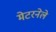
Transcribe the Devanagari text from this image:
मेटरनेले